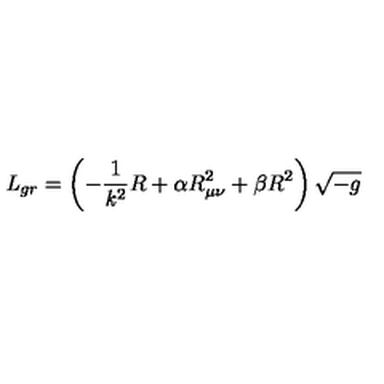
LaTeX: { \it L } _ { g r } = \left( - \frac { 1 } { { \it k } ^ { 2 } } R + \alpha R _ { \mu \nu } ^ { 2 } + \beta R ^ { 2 } \right) \sqrt { - g }